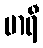
မာရီ